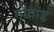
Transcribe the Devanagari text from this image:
गोताड